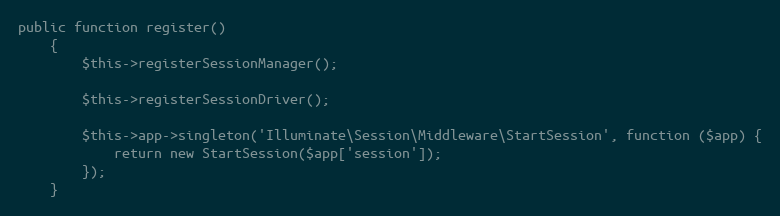
Language: PHP
public function register()
    {
        $this->registerSessionManager();

        $this->registerSessionDriver();

        $this->app->singleton('Illuminate\Session\Middleware\StartSession', function ($app) {
            return new StartSession($app['session']);
        });
    }